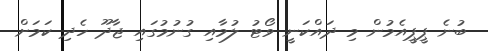
ބުނެ ޕީޕީއެމުން މި ދައްކަނީ ވޯޓު ލުމާއި ގުނުމުގައި ޖާދޫ ހެދި ކަމަށް